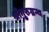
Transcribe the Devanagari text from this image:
श्रीगुरुग्रन्थ